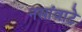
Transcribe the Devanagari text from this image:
नसांवाटे